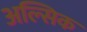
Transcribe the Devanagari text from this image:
अल्सिक